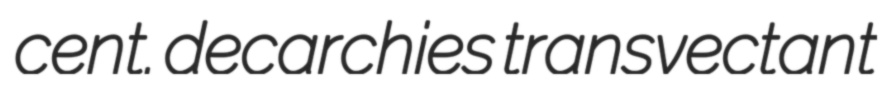
cent. decarchies transvectant